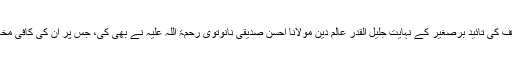
ان کے اس مؤقف کی تائید برصغیر کے نہایت جلیل القدر عالمِ دین مولانا احسن صدیقی نانوتوی رحمۃ اللہ علیہ نے بھی کی، جس پر ان کی کافی مخالفت بھی ہوئی۔